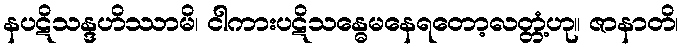
နပဋိသန္ဒဟိဿာမိ၊ ငါကားပဋိသန္ဓေမနေရတော့လတ္တံ့ဟု။ ဇာနာတိ၊